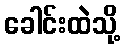
ခေါင်းထဲသို့